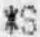
*S